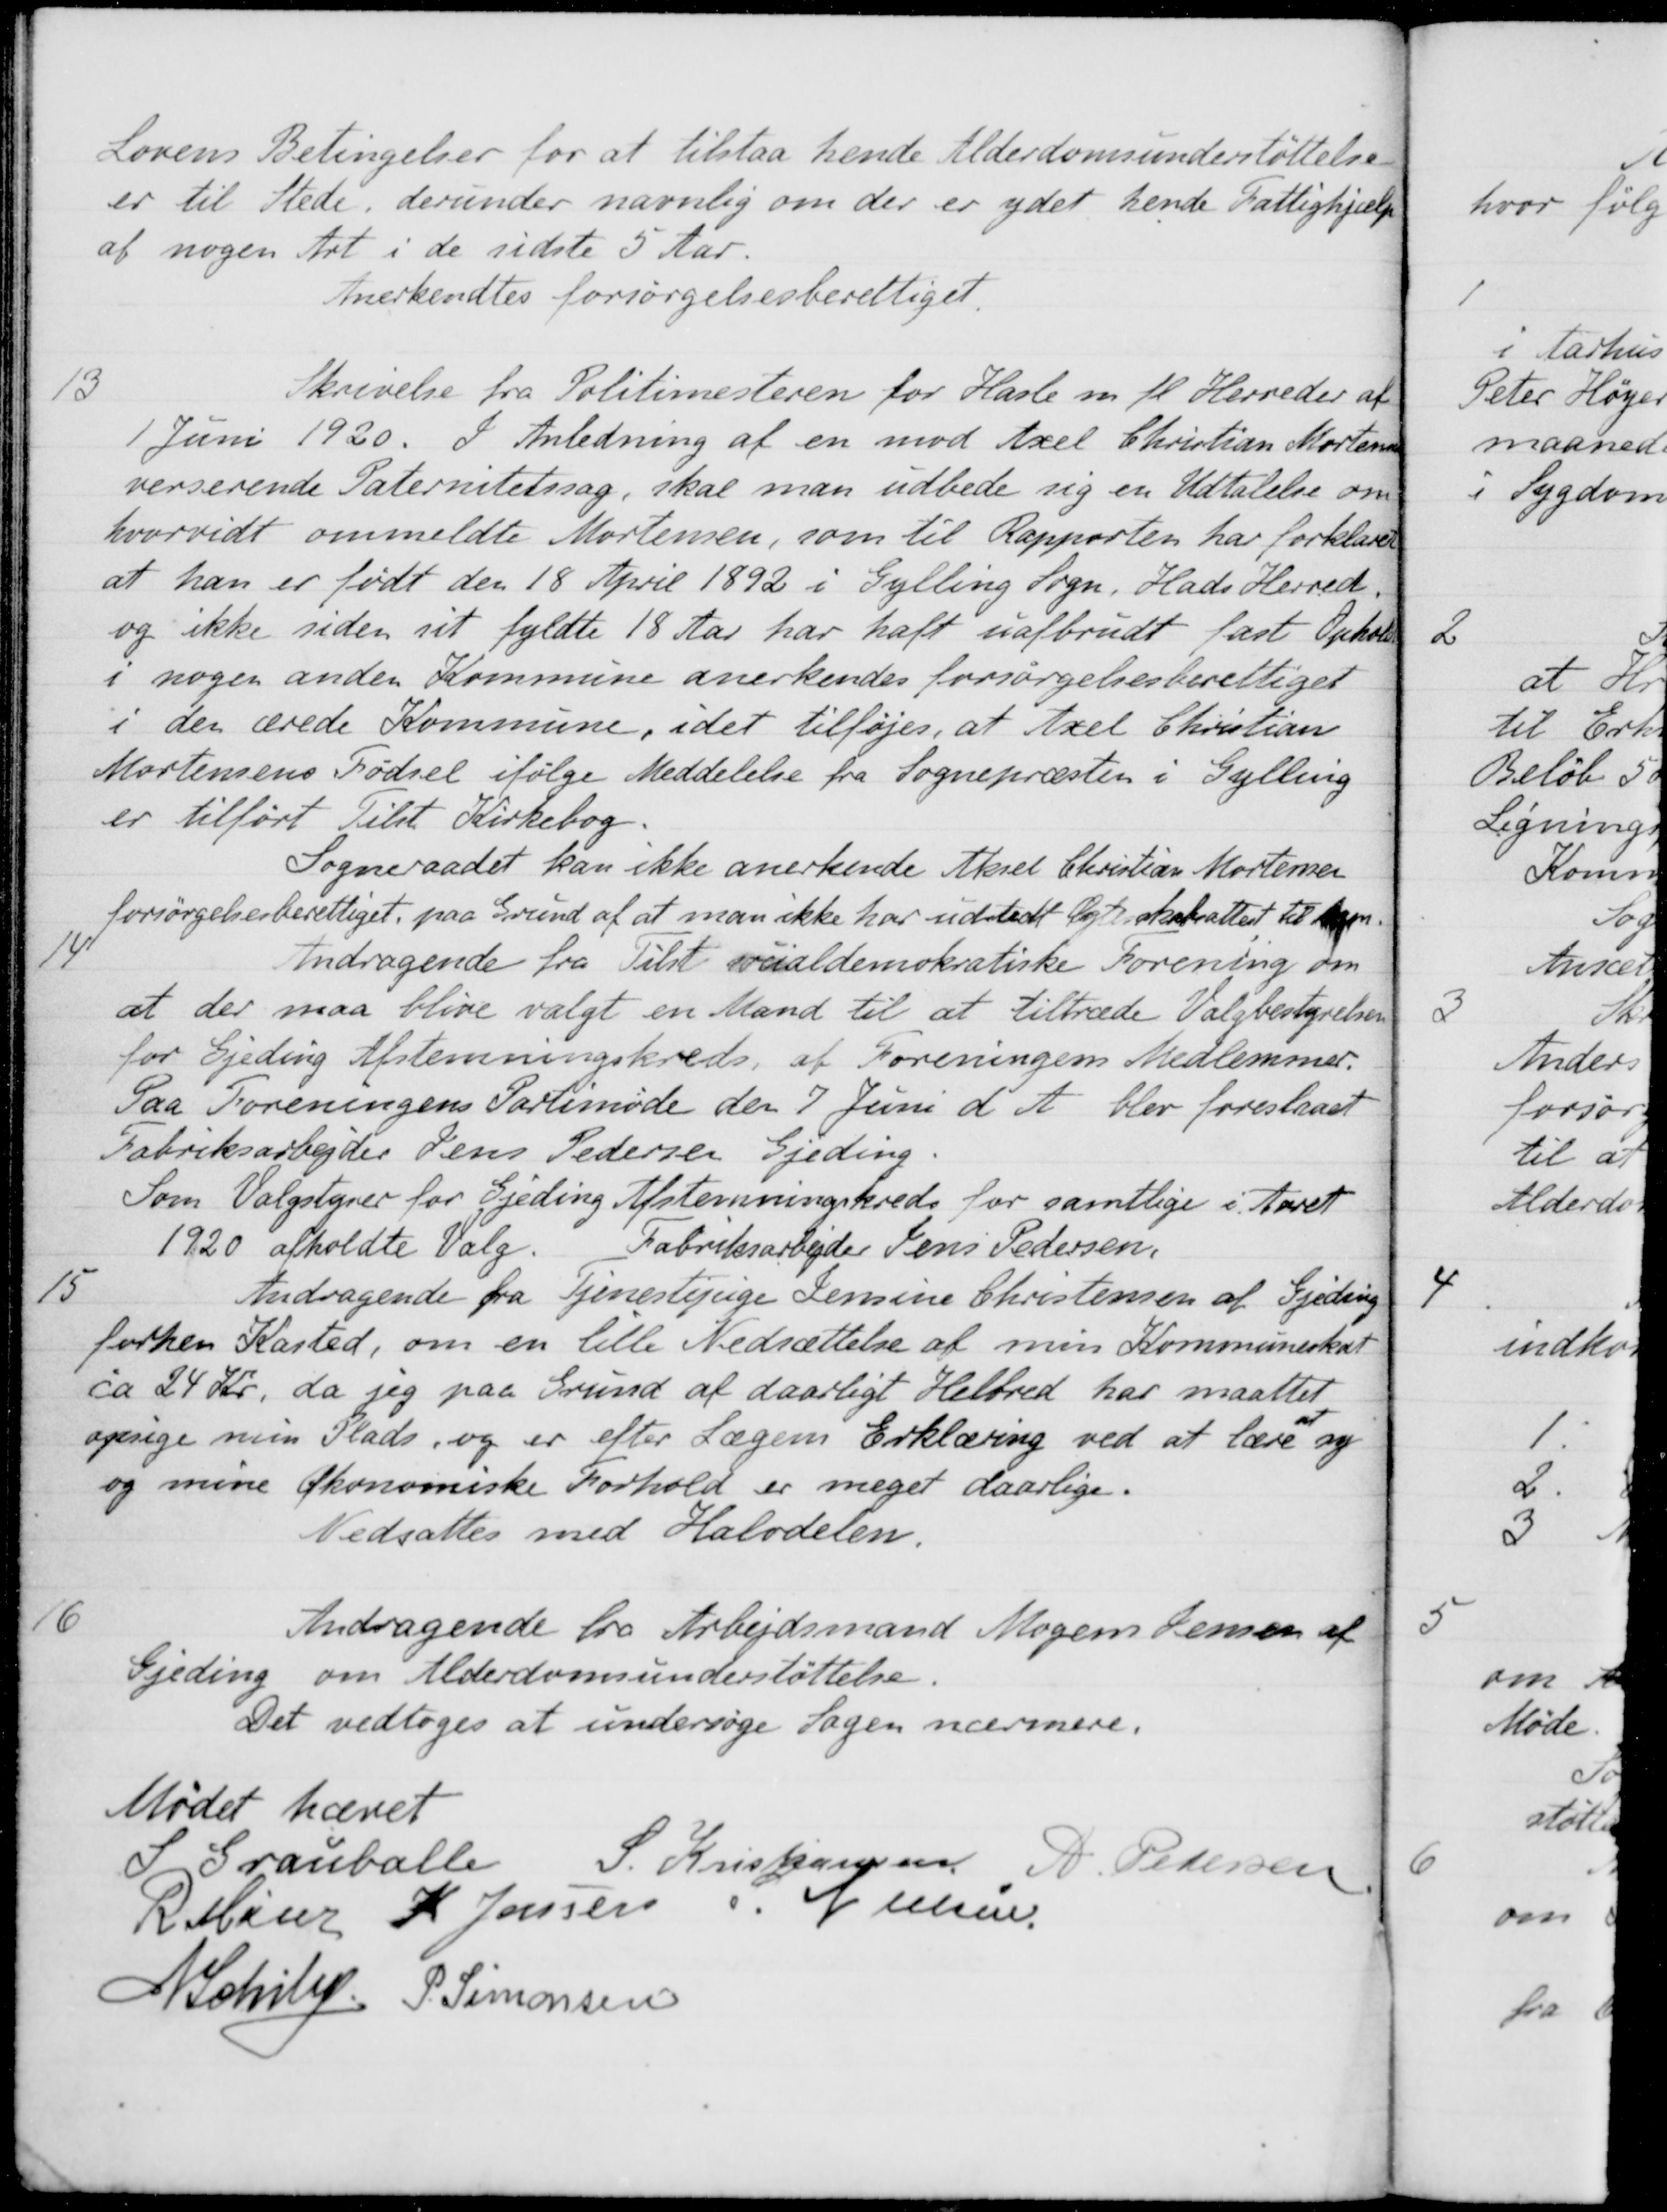
Transskription:
Lovens Betingelser for at tilstaa hende Alderdomsunderstøttelse.
er til Stede, derunder navnlig om der er ydet hende Fattighjælp
af nogen Art i de sidste 5 Aar.
Anerkendtes forsørgelsesberettiget.
13
Skrivelse fra Politimesteren for Hasle m. fl. Herreder af
1 Juni 1920. I Anledning af en mod Axel Christian Mortens
verserende Paternitetssag, skal man udbede sig en Udtalelse om
hvorvidt ommeldte Mortensen, som til Rapporten har forklare
at han er født den 18 April 1892 i Gylling Sogn, Hads Herred,
og ikke siden sit fyldte 18 Aar har haft uafbrudt fast Ophold
i nogen anden Kommune anerkendes forsørgelsesberettiget
i den ærede Kommune, idet tilføjes, at Axel Christian
Mortensens Fødsel ifølge Meddelelse fra Sognepræsten i Gylling
er tilført Tilst Kirkebog.
Sogneraadet kan ikke anerkende Aksel Christian Mortensen
forsørgelsesberettiget paa Grund af at man ikke har udstedt Ægteskabsattest til bem.
14
Andragende fra Tilst socialdemokratiske Forening om
at der maa blive valgt en Mand til at tiltræde Valgbestyrelsen
for Gjeding Afstemningskreds, af Foreningens Medlemmer
Paa Foreningens Parlsmøde den 7 Juni d. A. blev foreslaaet
Fabriksarbejder Jens Pedersen Gjeding
Som Valgstyrer for Gjeding Afstemningskreds for samtlige i Aaret
1920 afholdte Valg.  Fabriksarbejder Jens Pedersen,
15
Andragende fra Tjenestepige Jensine Christensen af Gjeding
forhen Kasted, om en lille Nedsættelse af min Kommuneskat
ca 24 Kr, da jeg paa Grund af daarligt Helbred har maattet
opsige min Plads, og er efter Lægens Erklæring ved at lære at sy
og mine Økonomiske Forhold er meget daarlige.
Nedsattes med Halvdelen.
16
Andragende fra Arbejdsmand Mogens Jensen af
Gjeding om Alderdomsunderstøttelse.
Det vedtoges at undersøge Sagen nærmere.
Mødet hævet
S Grauballe
S. Kristiansen
A Pedersen
S. Nielsen
R Møller
K. Jensen
N Schiby
P. Simonsen